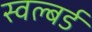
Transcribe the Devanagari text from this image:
स्वल्बर्ड